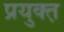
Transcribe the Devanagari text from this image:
प्रयुक्त़